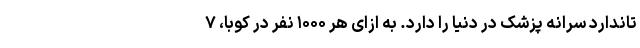
تاندارد سرانه پزشک در دنیا را دارد. به ازای هر ۱۰۰۰ نفر در کوبا، ۷